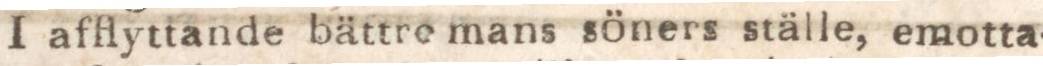
I afflyttande bättre mans söners ställe, emotta-